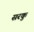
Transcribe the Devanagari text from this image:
सरकु